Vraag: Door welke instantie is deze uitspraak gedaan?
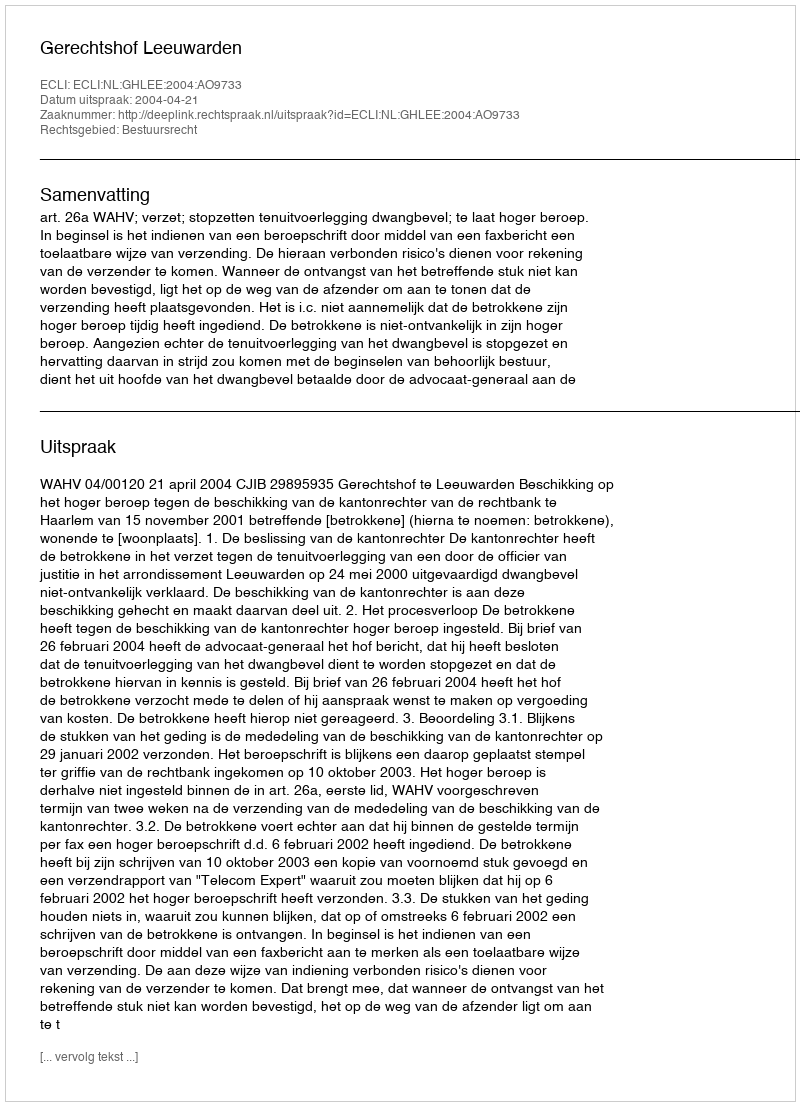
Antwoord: Gerechtshof Leeuwarden